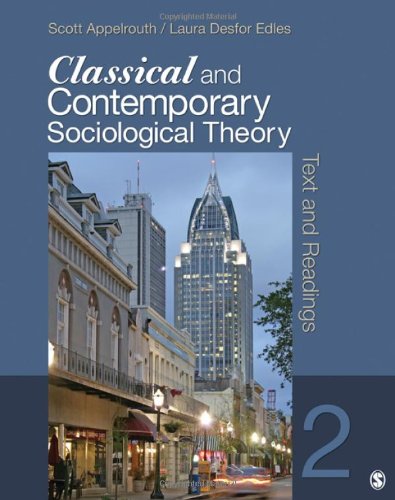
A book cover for Classical and Contemporary Sociological Theory: Text and Readings; Scott Appelrouth; Politics & Social Sciences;